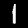
Label: 1